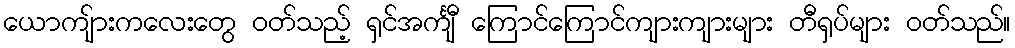
ယောကျ်ားကလေးတွေ ဝတ်သည့် ရှင်အင်္ကျီ ကြောင်ကြောင်ကျားကျားများ တီရှပ်များ ဝတ်သည်။